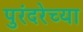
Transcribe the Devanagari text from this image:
पुरंदरेच्या